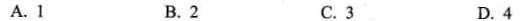
A.1 B.2 C.3 D.4